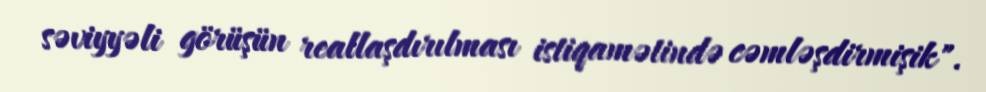
səviyyəli görüşün reallaşdırılması istiqamətində cəmləşdirmişik".